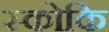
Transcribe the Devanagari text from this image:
स्कोकि